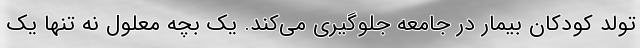
تولد کودکان بیمار در جامعه جلوگیری می‌کند. یک بچه معلول نه تنها یک